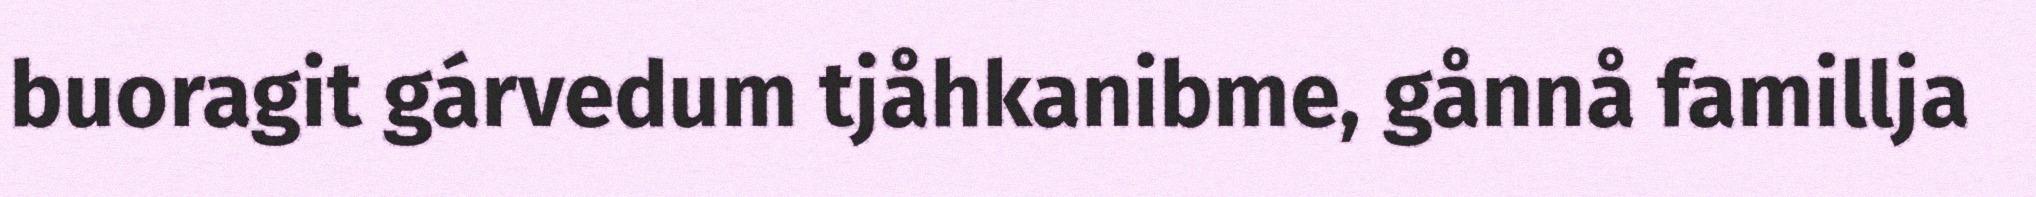
buoragit gárvedum tjåhkanibme, gånnå famillja